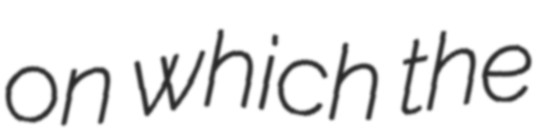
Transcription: on which the